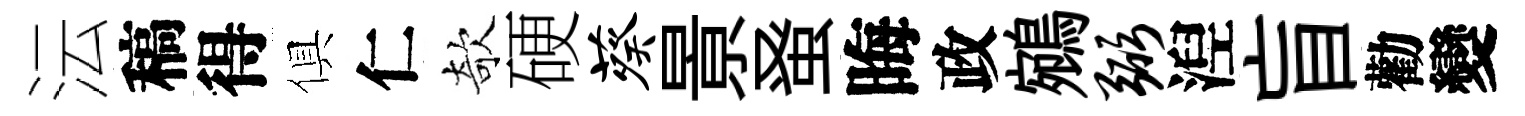
沄稿得俱仁欹硬葵㬌𫊫晦政鵷弼湼盲勸變